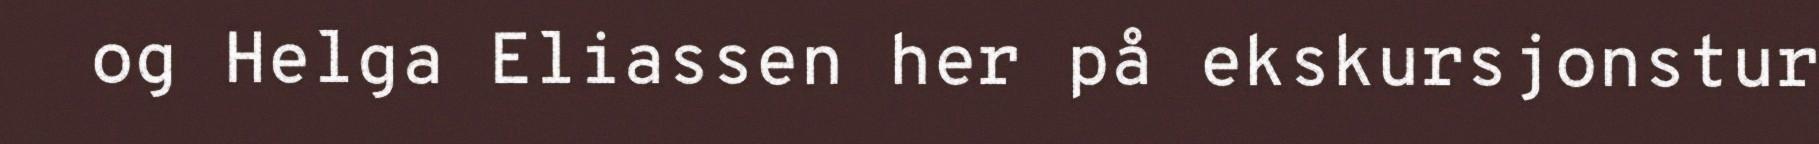
og Helga Eliassen her på ekskursjonstur